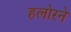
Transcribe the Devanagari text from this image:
हलोरने